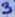
Text: 3